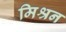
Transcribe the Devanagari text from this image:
मिश्रन